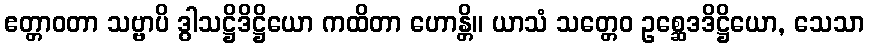
ဧတ္တာဝတာ သဗ္ဗာပိ ဒွါသဋ္ဌိဒိဋ္ဌိယော ကထိတာ ဟောန္တိ။ ယာသံ သတ္တေဝ ဥစ္ဆေဒဒိဋ္ဌိယော, သေသာ